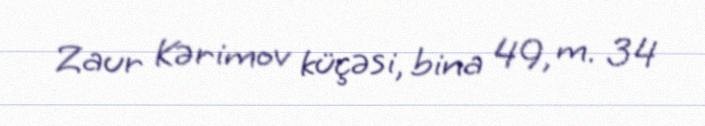
Zaur Kərimov küçəsi, bina 49, m. 34